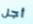
أجل